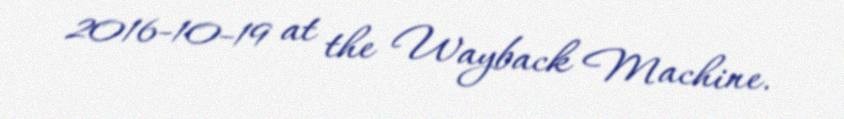
2016-10-19 at the Wayback Machine.